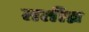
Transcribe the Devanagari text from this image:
ततीव्र